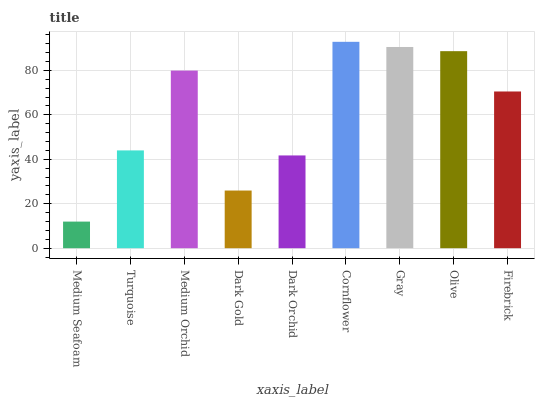
| xaxis_label | bars |
 | --- | --- |
 | Medium Seafoam | 12 |
 | Turquoise | 44 |
 | Medium Orchid | 79.9 |
 | Dark Gold | 25.9 |
 | Dark Orchid | 41.7 |
 | Cornflower | 92.8 |
 | Gray | 90.5 |
 | Olive | 88.6 |
 | Firebrick | 70.5 |